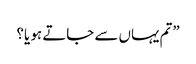
”تم یہاں سے جاتے ہو یا؟